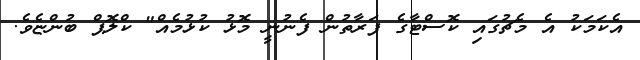
އެކަމަކު އެ މެޗުގައި ކޮސްޓާގެ ފަރާތުން ފެނުނީ މޮޅު ކުޅުމެއް" ކްލޮޕް ބުންޏެވެ.